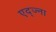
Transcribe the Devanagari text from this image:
एद्ज्ना